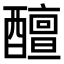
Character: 𨣚